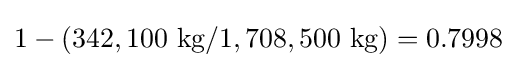
1-(342,100{\text{ kg}}/1,708,500{\text{ kg}})=0.7998